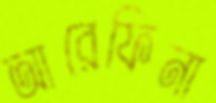
আরেফিনা